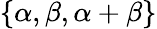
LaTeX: \{ \alpha,\beta,\alpha+\beta\}